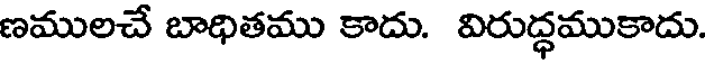
ణములచే బాధితము కాదు. విరుద్ధముకాదు.